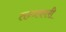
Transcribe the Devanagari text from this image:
तन्त्रकारी